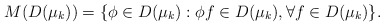
\begin{align*}M(D(\mu_k))= \{\phi \in D(\mu_k): \phi f \in D(\mu_k), \forall f \in D(\mu_k)\}.\end{align*}